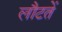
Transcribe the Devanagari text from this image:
लौटतें